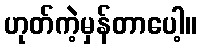
ဟုတ်ကဲ့မှန်တာပေါ့။